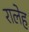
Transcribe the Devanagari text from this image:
रालेह